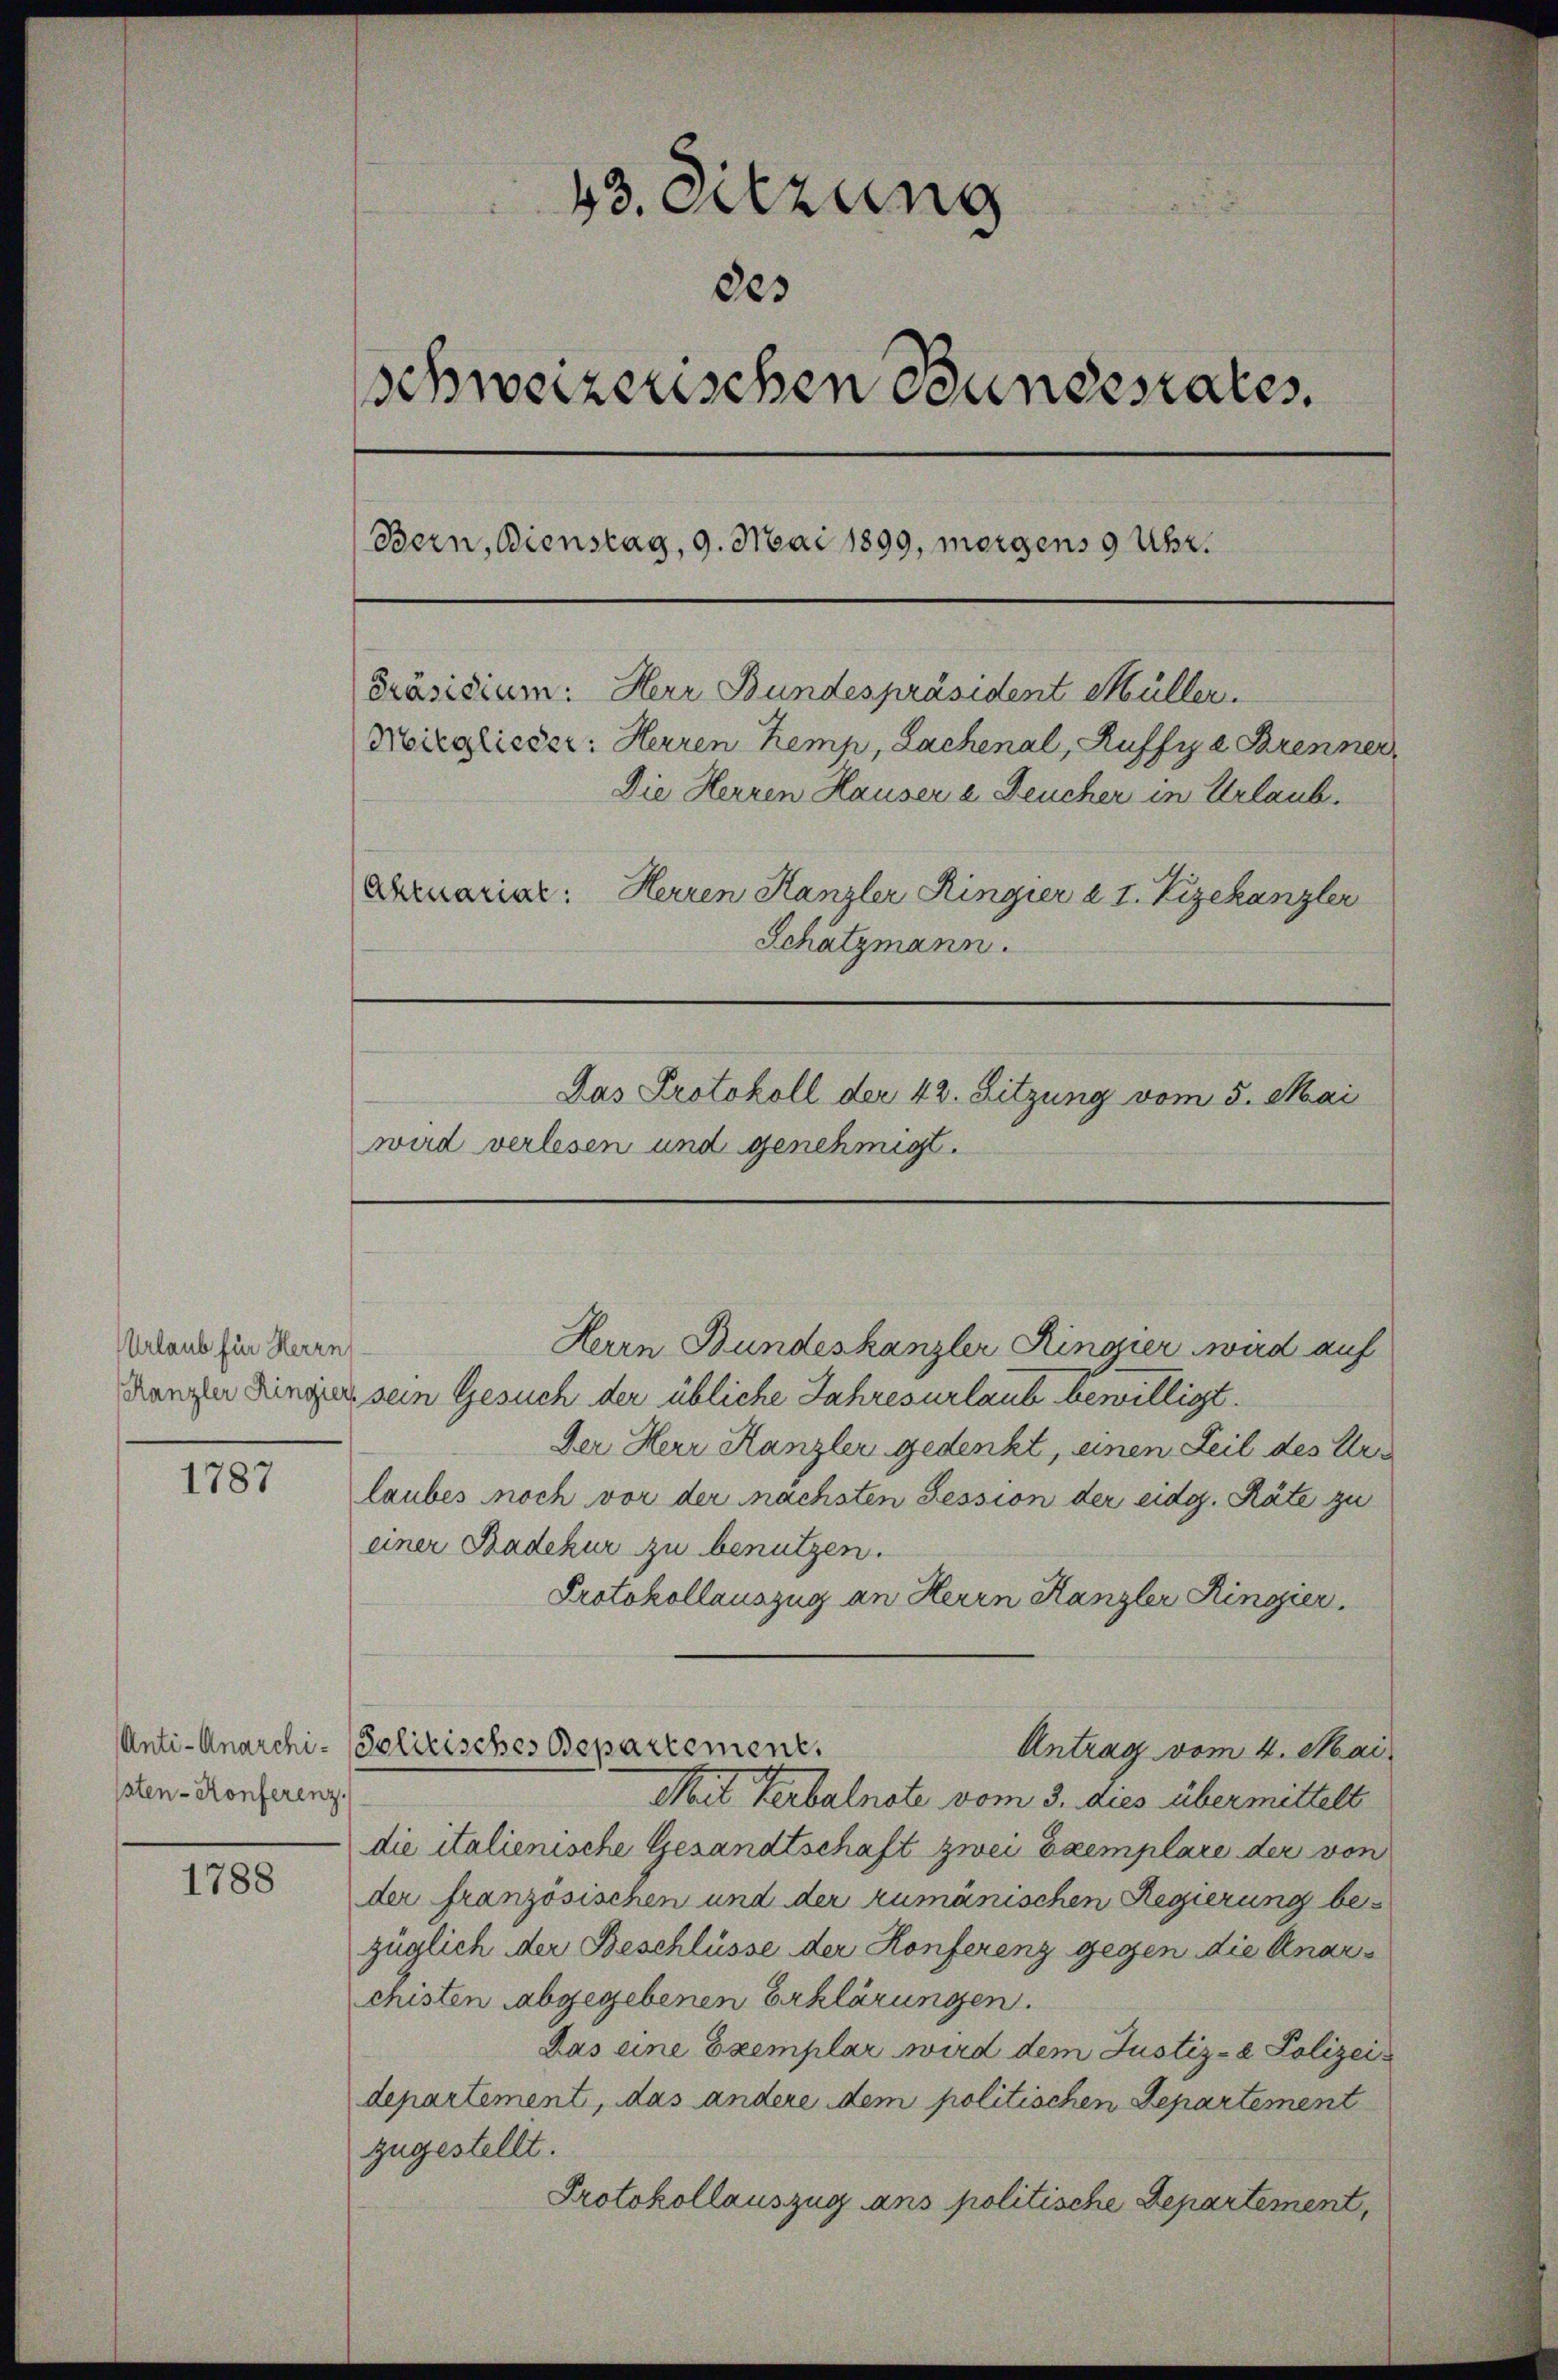
Urlaub für Herrn
Kanzler Ringier

1787

aten-Konferenz.

1788

43. Sitzung
des
schweizerischen Bundesrates.
Bern, Dienstag, 9. Mai 1899, morgens 9 Uhr.
Präsidium. Herr Bundespräsident Müller.
Mitglieder: Herren Kemp, Lachenal, Ruffye Brenner,
Die Herren Hauser u Feucher in Urlaub.
Deruarial: Herren Kanzler Ringier a 1. Vizekanzler
Schatzmann.
Das Protokoll der 42. Sitzung vom 5. Mai
wird verlesen und genehmigt.

Herrn Bundeskanzler Ringier wird auf
sein Gesuch der übliche Jahresurlaub bewilligt.
Der Herr Kanzler gedenkt, einen Teil des Ur
laubes noch vor der nächsten Tession der eidg. Räte zu
einer Badehur zu benutzen.
Protokollauszug an Herrn Kanzler Ringier
Antrag vom 4. Mai
Mit Verbalnote vom 3. dies übermittelt
die italienische Gesandtschaft zwei Exemplare der von
der französischen und der rumänischen Regierung bezüglich der Beschlüsse der Konferenz gegen die Anarchisten abgegebenen Erklärungen.
Das eine Exemplar wird dem Justiz- & Polizeidepartement, das andere dem politischen Departement
zugestellt.
Protokollauszug ans politische Departement,

Anti-Anarchi- Polizisches Departement,